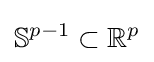
\mathbb {S} ^{p-1}\subset \mathbb {R} ^{p}